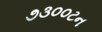
૭૩૦૦ટન